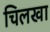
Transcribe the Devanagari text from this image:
चिलखा